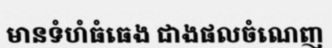
មានទំហំធំធេង ជាងផលចំណេញ